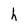
Character: h